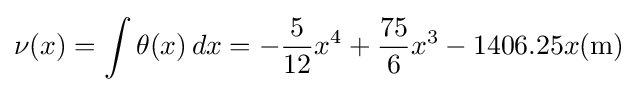
\nu (x)=\int \theta (x)\,dx=-{\frac {5}{12}}x^{4}+{\frac {75}{6}}x^{3}-1406.25x({\textrm {m}})